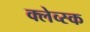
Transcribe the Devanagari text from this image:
क्लेव्स्क